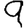
Digit: 9